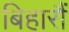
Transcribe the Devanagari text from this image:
बिहारौं